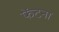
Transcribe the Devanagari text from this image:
फेंटना